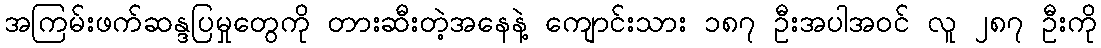
အကြမ်းဖက်ဆန္ဒပြမှုတွေကို တားဆီးတဲ့အနေနဲ့ ကျောင်းသား ၁၈၇ ဦးအပါအဝင် လူ ၂၈၇ ဦးကို